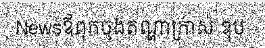
Newsឪពុកចុងតណ្ហាក្រាស់ ឌុប